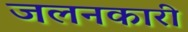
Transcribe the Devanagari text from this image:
जलनकारी